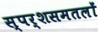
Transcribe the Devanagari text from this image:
स्पर्शसमतलों